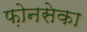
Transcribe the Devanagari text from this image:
फ़ोनसेका